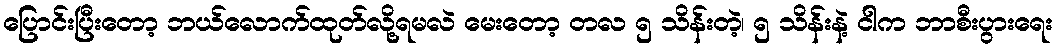
ပြောင်းပြီးတော့ ဘယ်လောက်ထုတ်လို့ရမလဲ မေးတော့ တလ ၅ သိန်းတဲ့၊ ၅ သိန်းနဲ့ ငါက ဘာစီးပွားရေး